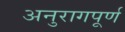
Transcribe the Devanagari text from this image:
अनुरागपूर्ण